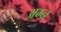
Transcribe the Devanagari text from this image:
अग्न्